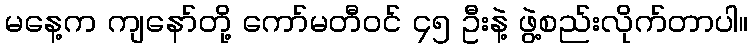
မနေ့က ကျနော်တို့ ကော်မတီဝင် ၄၅ ဦးနဲ့ ဖွဲ့စည်းလိုက်တာပါ။